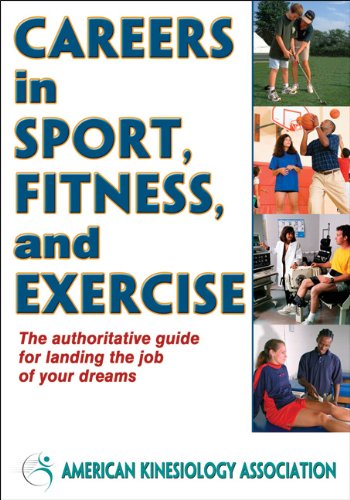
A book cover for Careers in Sport, Fitness, and Exercise; Business & Money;